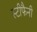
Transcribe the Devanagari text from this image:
स्टीफैनी